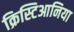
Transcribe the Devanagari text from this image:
क्रिस्टिआनिया